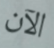
الآن